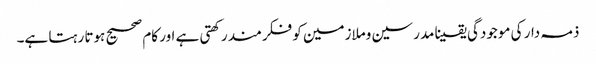
ذمہ دار کی موجودگی یقینا مدرسین وملازمین کو فکرمند رکھتی ہے اور کام صحیح ہوتا رہتا ہے۔